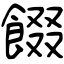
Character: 餟